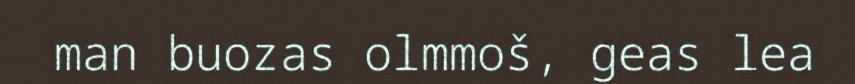
man buozas olmmoš, geas lea